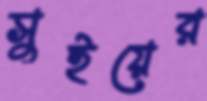
সুইয়ের